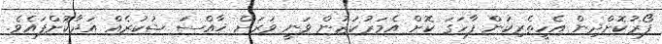
ފޯރުކޮށްދިން އެހީތެރިކަން ފާހަގަ ކޮށް އެމަރުކަޒުން ވަނީ ވަރަށް ޚާއްސަ ޝުކުރެއް އަދާކޮށްފައެވެ.